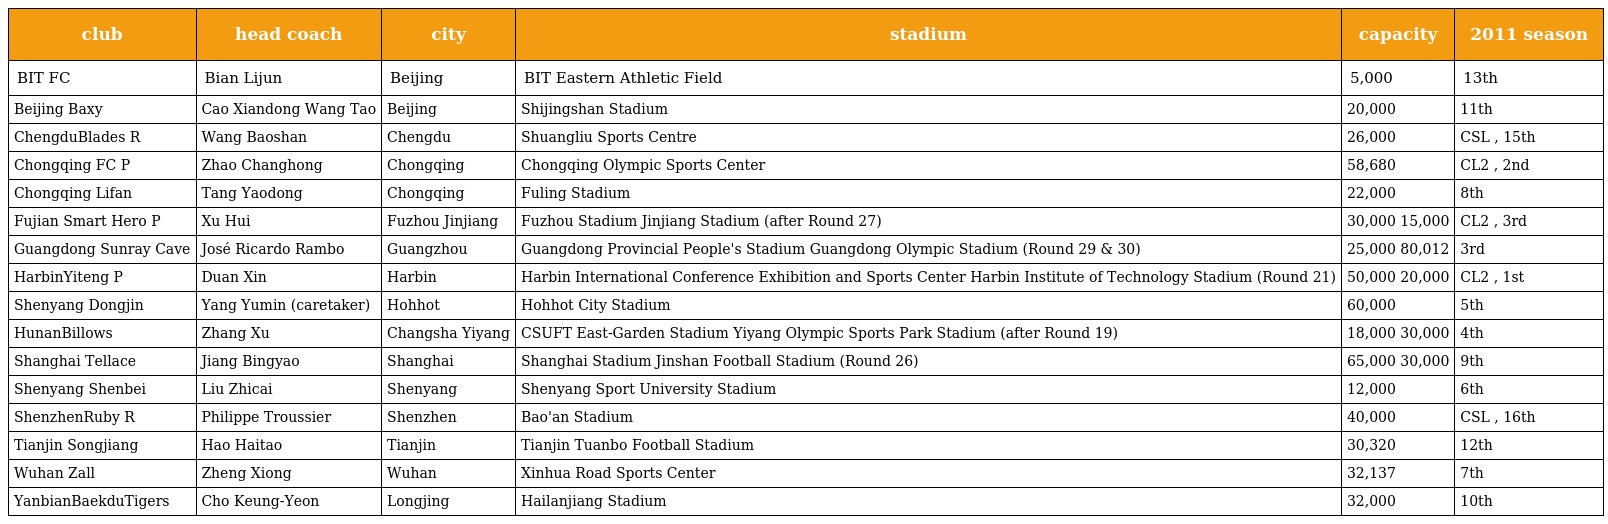
| club | head coach | city | stadium | capacity | 2011 season |
 | --- | --- | --- | --- | --- | --- |
 | BIT FC | Bian Lijun | Beijing | BIT Eastern Athletic Field | 5,000 | 13th |
 | Beijing Baxy | Cao Xiandong Wang Tao | Beijing | Shijingshan Stadium | 20,000 | 11th |
 | ChengduBlades R | Wang Baoshan | Chengdu | Shuangliu Sports Centre | 26,000 | CSL , 15th |
 | Chongqing FC P | Zhao Changhong | Chongqing | Chongqing Olympic Sports Center | 58,680 | CL2 , 2nd |
 | Chongqing Lifan | Tang Yaodong | Chongqing | Fuling Stadium | 22,000 | 8th |
 | Fujian Smart Hero P | Xu Hui | Fuzhou Jinjiang | Fuzhou Stadium Jinjiang Stadium (after Round 27) | 30,000 15,000 | CL2 , 3rd |
 | Guangdong Sunray Cave | José Ricardo Rambo | Guangzhou | Guangdong Provincial People's Stadium Guangdong Olympic Stadium (Round 29 & 30) | 25,000 80,012 | 3rd |
 | HarbinYiteng P | Duan Xin | Harbin | Harbin International Conference Exhibition and Sports Center Harbin Institute of Technology Stadium (Round 21) | 50,000 20,000 | CL2 , 1st |
 | Shenyang Dongjin | Yang Yumin (caretaker) | Hohhot | Hohhot City Stadium | 60,000 | 5th |
 | HunanBillows | Zhang Xu | Changsha Yiyang | CSUFT East-Garden Stadium Yiyang Olympic Sports Park Stadium (after Round 19) | 18,000 30,000 | 4th |
 | Shanghai Tellace | Jiang Bingyao | Shanghai | Shanghai Stadium Jinshan Football Stadium (Round 26) | 65,000 30,000 | 9th |
 | Shenyang Shenbei | Liu Zhicai | Shenyang | Shenyang Sport University Stadium | 12,000 | 6th |
 | ShenzhenRuby R | Philippe Troussier | Shenzhen | Bao'an Stadium | 40,000 | CSL , 16th |
 | Tianjin Songjiang | Hao Haitao | Tianjin | Tianjin Tuanbo Football Stadium | 30,320 | 12th |
 | Wuhan Zall | Zheng Xiong | Wuhan | Xinhua Road Sports Center | 32,137 | 7th |
 | YanbianBaekduTigers | Cho Keung-Yeon | Longjing | Hailanjiang Stadium | 32,000 | 10th |